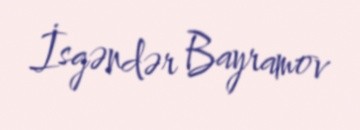
İsgəndər Bayramov